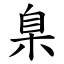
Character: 臬